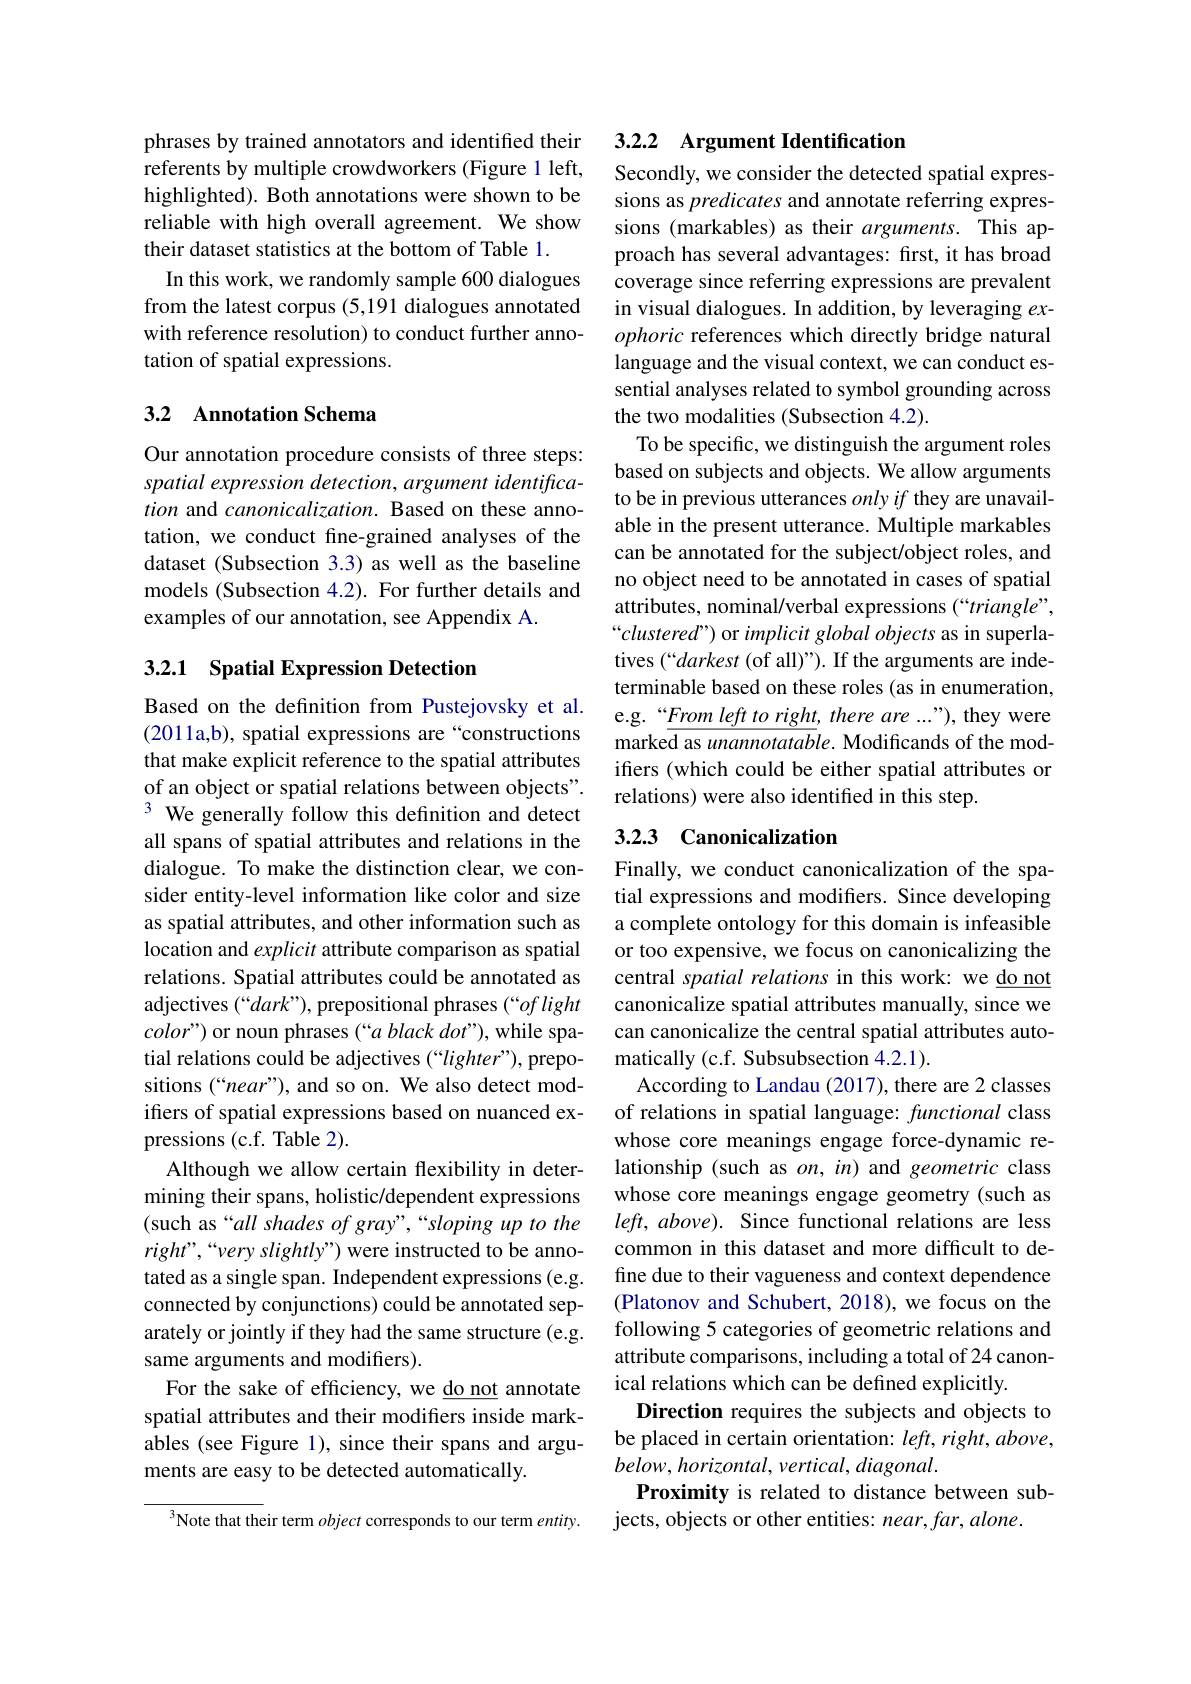
phrases by trained annotators and identified their referents by multiple crowdworkers (Figure 1 left, highlighted). Both annotations were shown to be reliable with high overall agreement. We show their dataset statistics at the bottom of Table 1.
In this work, we randomly sample 600 dialogues from the latest corpus (5,191 dialogues annotated with reference resolution) to conduct further annotation of spatial expressions.

## 3.2 Annotation Schema

Our annotation procedure consists of three steps: spatial expression detection, argument identification and canonicalization. Based on these annotation, we conduct fine-grained analyses of the dataset (Subsection 3.3) as well as the baseline models (Subsection 4.2). For further details and examples of our annotation, see Appendix A.

## 3.2.1 Spatial Expression Detection

Based on the definition from Pustejovsky et al. (2011a,b), spatial expressions are “constructions that make explicit reference to the spatial attributes of an object or spatial relations between objects". We generally follow this definition and detect all spans of spatial attributes and relations in the dialogue. To make the distinction clear, we consider entity-level information like color and size as spatial attributes, and other information such as location and explicit attribute comparison as spatial relations. Spatial attributes could be annotated as adjectives (“$dark”)$, prepositional phrases (“oflight $color")$ or noun phrases (“a black dot”), while spatial relations could be adjectives (“lighter”), prepositions (“near”), and so on. We also detect modifers of spatial expressions based on nuanced expressions (c.f. Table 2).
Although we allow certain flexibility in determining their spans, holistic/dependent expressions (such as“all shades of gray”,“sloping up to the right",“very slightly”) were instructed to be annotated as a single span. Independent expressions (e.g. connected by conjunctions) could be annotated separately or jointly if they had the same structure (e.g. same arguments and modifiers).
For the sake of efficiency, we $\underline\text{do not}$ annotate spatial attributes and their modifiers inside markables (see Figure 1), since their spans and arguments are easy to be detected automatically.
$^3$Note that their term object corresponds to our term entity.

## 3.2.2 Argument Identification

Secondly, we consider the detected spatial expressions as predicates and annotate referring expressions (markables) as their arguments. This approach has several advantages: first, it has broad coverage since referring expressions are prevalent in visual dialogues. In addition, by leveraging $ex-$ ophoric references which directly bridge natural language and the visual context, we can conduct essential analyses related to symbol grounding across the two modalities (Subsection 4.2).
To be specific, we distinguish the argument roles based on subjects and objects. We allow arguments to be in previous utterances $only\textit{if they are unavail- }$ able in the present utterance. Multiple markables can be annotated for the subject/object roles, and no object need to be annotated in cases of spatial attributes, nominal/verbal expressions (“triangle”, “clustered”) or implicit global objects as in superlatives (“darkest (of all)”). If the arguments are indeterminable based on these roles (as in enumeration, e.g.“$\underline{Fromlefttoright},thereare...”)$,they were marke$\overline\text{d as unannotatable. Modificands of the mod-}$ ifrers (which could be either spatial attributes or relations) were also identified in this step.

## 3.2.3 Canonicalization

Finally, we conduct canonicalization of the spatial expressions and modifers. Since developing a complete ontology for this domain is infeasible or too expensive, we focus on canonicalizing the central spatial relations in this work: we do not canonicalize spatial attributes manually, since we can canonicalize the central spatial attributes automatically (c.f. Subsubsection 4.2.1).
According to Landau (2017), there are 2 classes of relations in spatial language: functional class whose core meanings engage force-dynamic relationship (such as $on,in)$ and geometric class whose core meanings engage geometry (such as $left,above).$ Since functional relations are less common in this dataset and more difficult to define due to their vagueness and context dependence (Platonov and Schubert, 2018), we focus on the following 5 categories of geometric relations and attribute comparisons, including a total of 24 canonical relations which can be defined explicitly
Direction requires the subjects and objects to be placed in certain orientation: $left,right,above$, $below,horizontal,vertical,diagonal.$
Proximity is related to distance between sub-
jects, objects or other entities: near,far, alone.